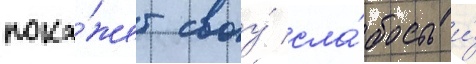
пока́жет своу́ сла́бость и́